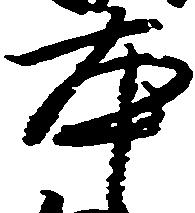
本